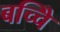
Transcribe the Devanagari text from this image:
बच्चेि